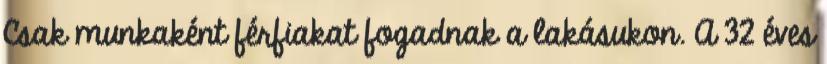
Csak munkaként férfiakat fogadnak a lakásukon. A 32 éves